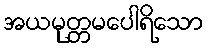
အယမုတ္တမပေါရိသော